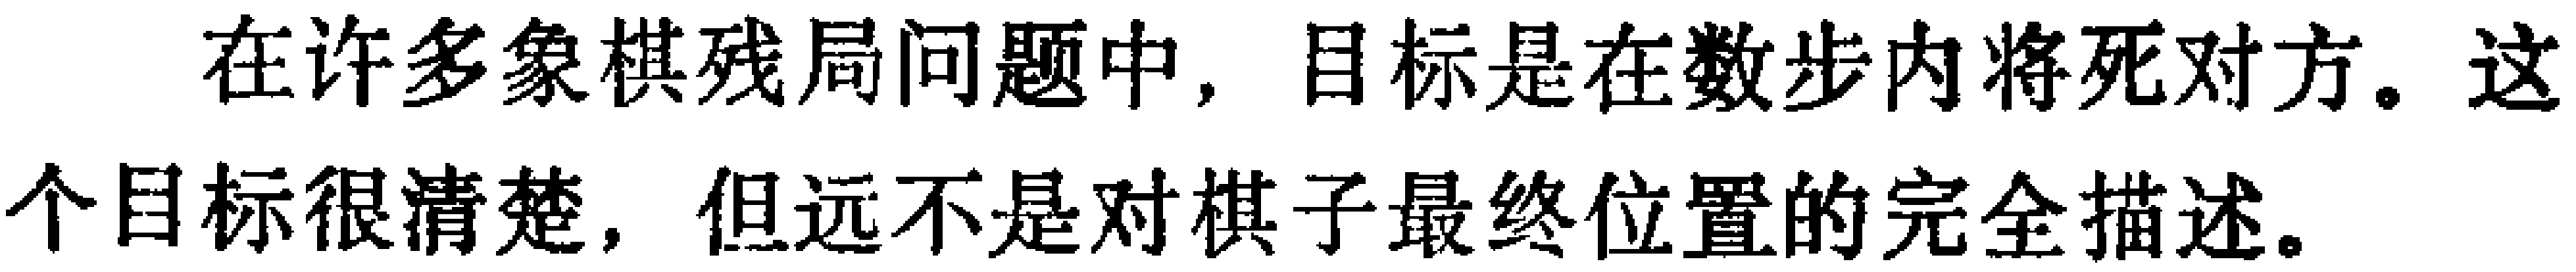
在许多象棋残局问题中，目标是在数步内将死对方。这个目标很清楚，但远不是对棋子最终位置的完全描述。